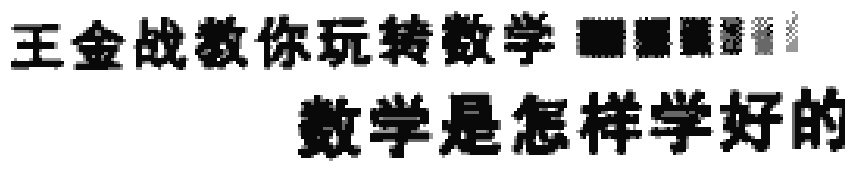
王金战教你玩转数学 数学是怎样学好的